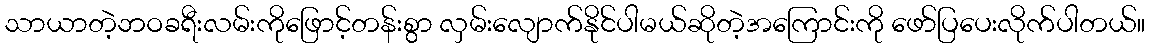
သာယာတဲ့ဘဝခရီးလမ်းကိုဖြောင့်တန်းစွာ လှမ်းလျောက်နိုင်ပါမယ်ဆိုတဲ့အကြောင်းကို ဖော်ပြပေးလိုက်ပါတယ်။